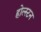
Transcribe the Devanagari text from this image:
होल्स्टन